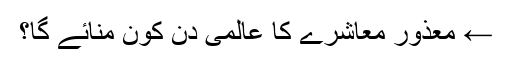
← معذور معاشرے کا عالمی دن کون منائے گا؟